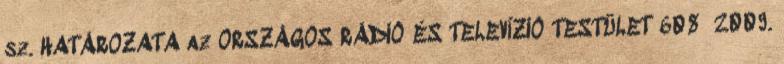
sz. HATÁROZATA az ORSZÁGOS RÁDIÓ ÉS TELEVÍZIÓ TESTÜLET 608 2009.